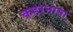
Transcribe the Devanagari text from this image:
कहरनामा